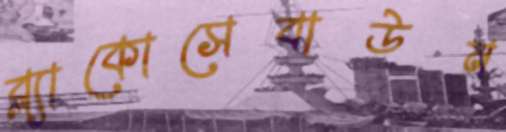
ব্ল্যাকোসেবাউন